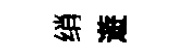
绡遊